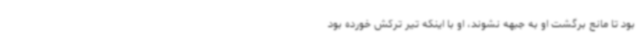
بود تا مانع برگشت او به جبهه نشوند، او با اینکه تیر ترکش خورده بود